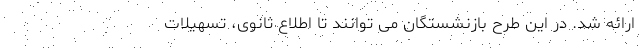
ارائه شد. در این طرح بازنشستگان می توانند تا اطلاع ثانوی، تسهیلات